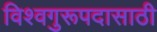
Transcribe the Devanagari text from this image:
विश्वगुरूपदासाठी